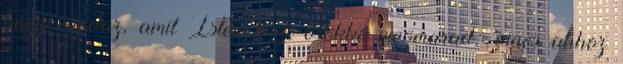
hogy mindaz, amit Isten tesz, örökké megmarad; nincs ahhoz